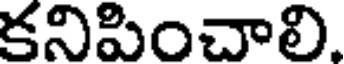
కనిపించాలి.